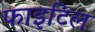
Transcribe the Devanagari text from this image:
फाइटिल